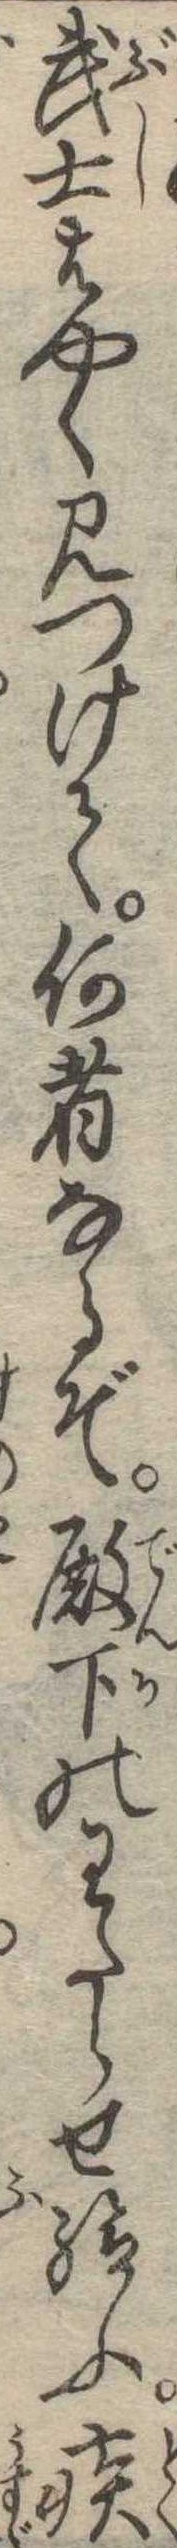
武士はやく見つけて何者なるぞ殿下のわたらせ給ふ疾